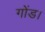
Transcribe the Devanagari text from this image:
गोंड।